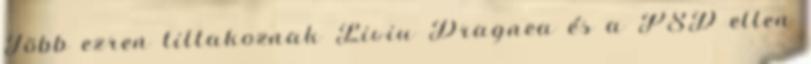
Több ezren tiltakoznak Liviu Dragnea és a PSD ellen